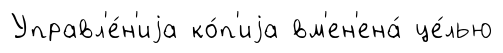
Управл'е́н'иjа ко́п'иjа вм'ен'ена́ це́лью